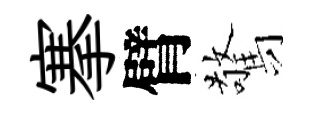
搴臂驚